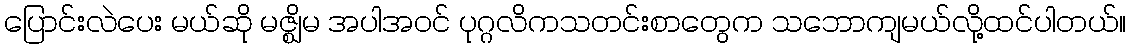
ပြောင်းလဲပေး မယ်ဆို မဇ္ဈိမ အပါအဝင် ပုဂ္ဂလိကသတင်းစာတွေက သဘောကျမယ်လို့ထင်ပါတယ်။